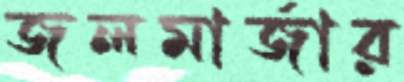
জলমার্জার